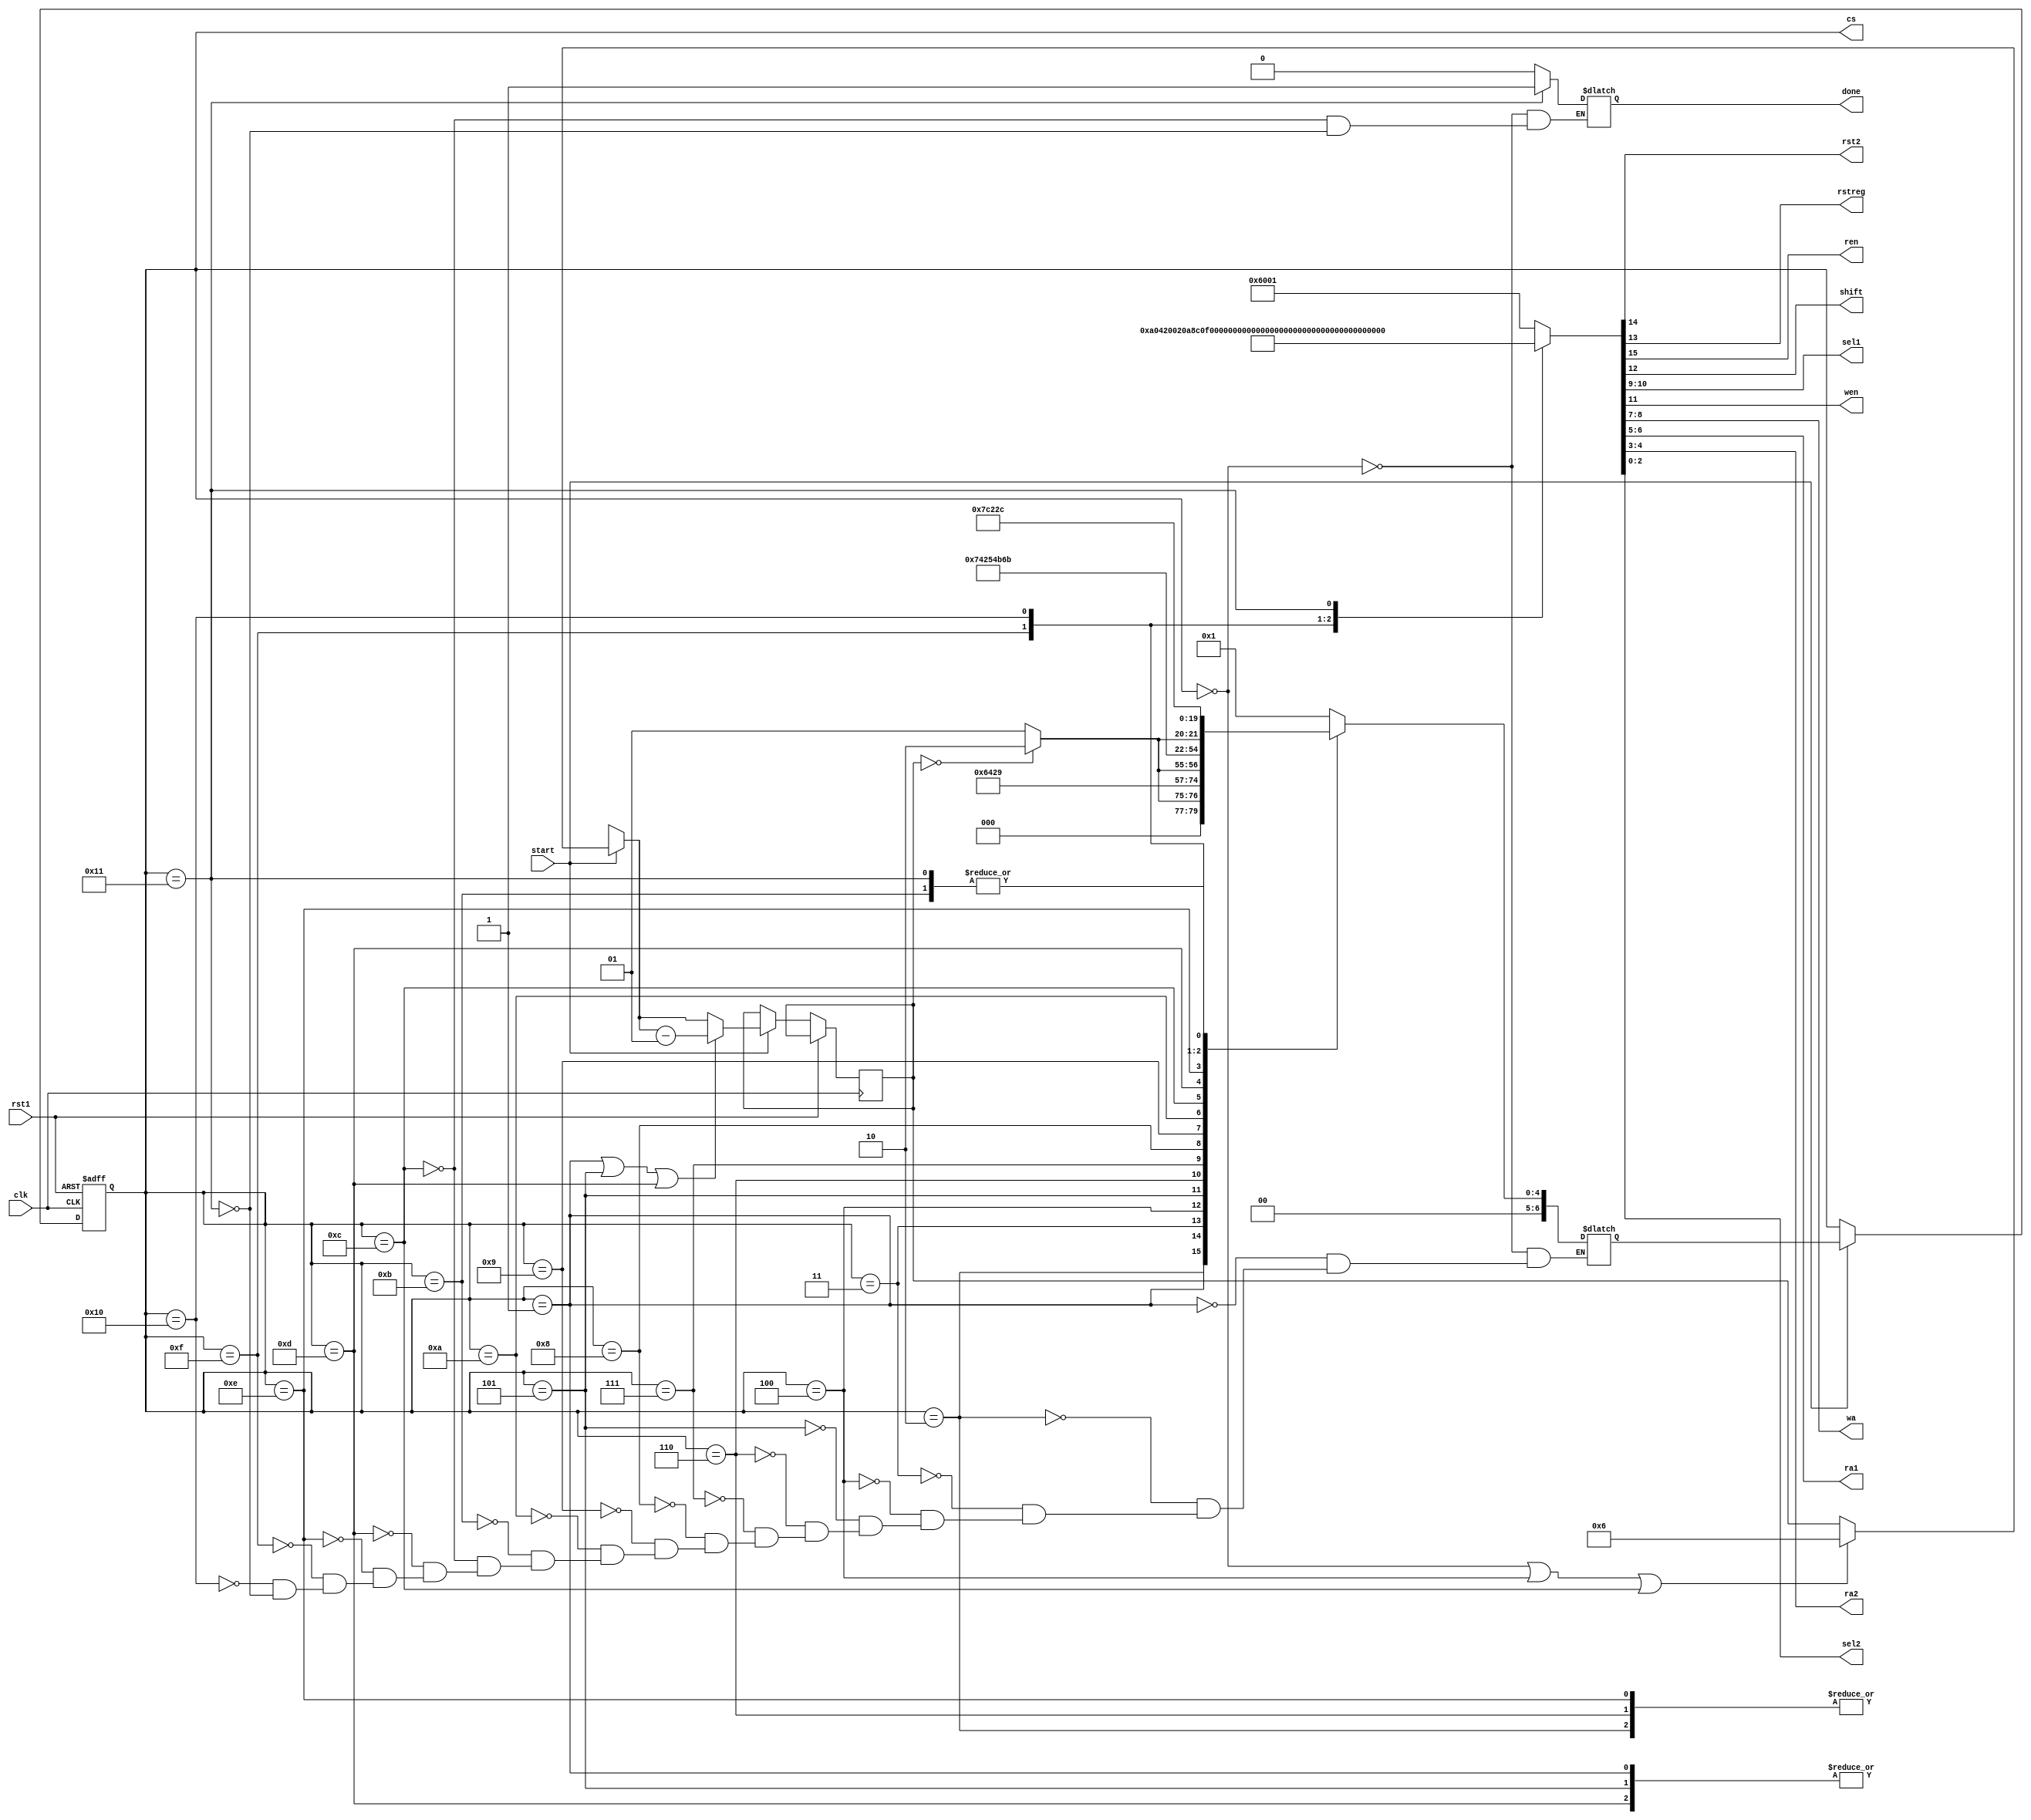
`timescale 1ns / 1ps
module CU(input rst1, input start, input clk, output reg rst2,
output reg rstreg, output reg ren, 
output reg shift, output reg [1:0] sel1, output reg wen, 
output reg [1:0] wa, output reg [1:0] ra1, output reg [1:0] ra2, 
output reg [2:0] sel2, output reg done, output reg [6:0] cs);

//reg [6:0] cs;
reg [6:0] ns;
reg [15:0] ctrl;
integer loop;

always@(posedge clk, posedge rst1)
begin
    if(rst1==1)
    begin
        cs=0;
    end
    else if(start==1)
    begin
        if(cs==0||cs==4||cs==12)
            loop=6;
        if(cs==1||cs==5||cs==13)
            loop=loop-1;
        cs=ns;
    end
end

always@(cs, loop)
begin
    case(cs)
    6'd00:ns=1;
    6'd01:
    begin
        if(loop==0)
        ns=2;
        else
        ns=1;
    end
    6'd02:ns=3;
    6'd03:ns=4;
    6'd04:ns=5;
    6'd05:
    begin
        if(loop==0)
        ns=6;
        else
        ns=5;
    end
    6'd06:ns=7;
    6'd07:ns=8;
    6'd08:ns=9;
    6'd09:ns=10;
    6'd10:ns=11;
    6'd11:ns=12;
    6'd12:ns=13;
    6'd13:
    begin
        if(loop==0)
        ns=14;
        else
        ns=13;
    end
    6'd14:ns=15;
    6'd15:ns=16;
    6'd16:ns=17;
    6'd17:ns=12;
    endcase
end

always@(cs)
begin
case(cs)
    6'd00:
    begin
        ctrl=16'b0110000000000001;
        done=0; 
    end
    6'd01:ctrl=16'b1001000000000100;
    6'd02:ctrl=16'b1000000000000100;
    6'd03:ctrl=16'b0000101000000100;
    6'd04:ctrl=16'b0010000000000010;
    6'd05:ctrl=16'b1001000000000100;
    6'd06:ctrl=16'b1000000000000100;
    6'd07:ctrl=16'b0000101010001100;
    6'd08:ctrl=16'b0000111100001110;
    6'd09:ctrl=16'b0000010000010110;
    6'd10:ctrl=16'b0000110000010110;
    6'd11:ctrl=16'b0000110010010110;
    6'd12:
    begin
    ctrl=16'b0010000000000011;
    done=0;
    end
    6'd13:ctrl=16'b1001000000000100;
    6'd14:ctrl=16'b1000000000000100;
    6'd15:ctrl=16'b0000101101000100;
    6'd16:ctrl=16'b0000111111100110;
    6'd17:
    begin
    ctrl=16'b0000000001100101;
    done=1;
    end
endcase
{ren, rst2, rstreg, shift, wen, sel1, wa, ra1, ra2, sel2}=ctrl;
end

endmodule